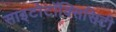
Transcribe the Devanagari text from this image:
साइटोटॉक्सिसिटी